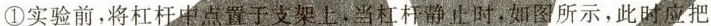
①实验前，将杠杆中点置于支架上，当杠杆静止时，如图所示，此时应把